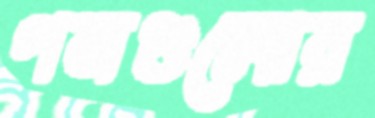
গমগুলোর